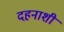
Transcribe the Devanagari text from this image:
दहनाशी